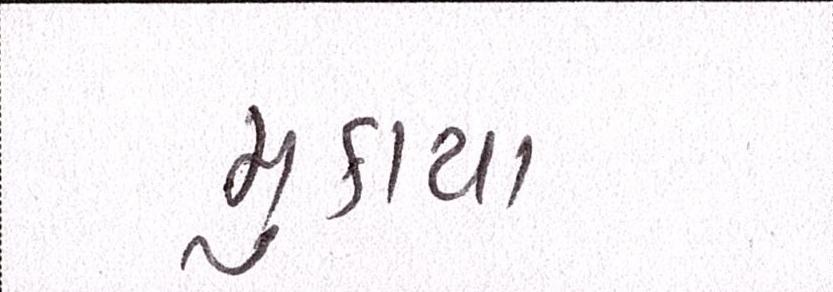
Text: મુકાયા